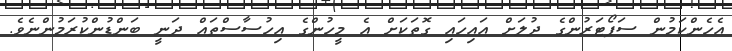
އެހެންކަމުން ސަޕޯޓަރުންގެ ދުލަށް އައިހައި ގޮތަކަށް އެ މީހުންގެ އިހުސާސްތައް ދަނީ ބަންޑުންކުރަމުންނެވެ.